Lunatic asylums Punjab 1911-1921 - 1911-1921
Year: 1911
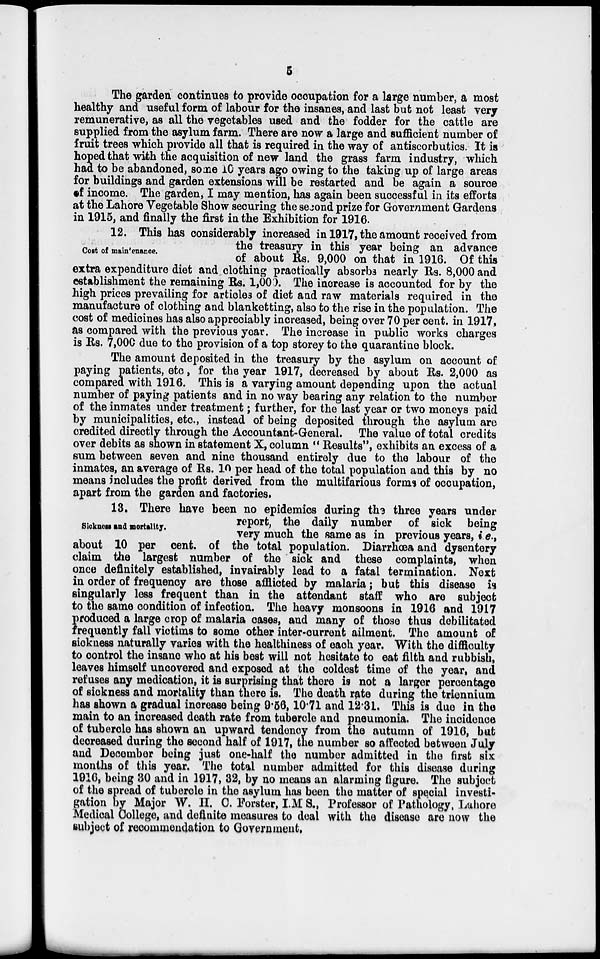
5
The garden continues to provide occupation for a large number, a most
healthy and useful form of labour for the insanes, and last but not least very
remunerative, as all the vegetables used and the fodder for the cattle are
supplied from the asylum farm. There are now a large and sufficient number of
fruit trees which provide all that is required in the way of antiscorbutics. It is
hoped that with the acquisition of new land the grass farm industry, which
had to be abandoned, some 10 years ago owing to the taking up of large areas
for buildings and garden extensions will be restarted and be again a source
of income. The garden, I may mention, has again been successful in its efforts
at the Lahore Vegetable Show securing the second prize for Government Gardens
in 1915, and finally the first in the Exhibition for 1916.
Cost of maintenance.
12. This has considerably increased in 1917, the amount received from
the treasury in this year being an advance
of about Rs. 9,000 on that in 1916. Of this
extra expenditure diet and clothing practically absorbs nearly Rs. 8,000 and
establishment the remaining Rs. 1,000. The increase is accounted for by the
high prices prevailing for articles of diet and raw materials required in the
manufacture of clothing and blanketting, also to the rise in the population. The
cost of medicines has also appreciably increased, being over 70 per cent. in 1917,
as compared with the previous year. The increase in public works charges
is Rs. 7,000 due to the provision of a top storey to the quarantine block.
The amount deposited in the treasury by the asylum on account of
paying patients, etc, for the year 1917, decreased by about Rs. 2,000 as
compared with 1916. This is a varying amount depending upon the actual
number of paying patients and in no way bearing any relation to the number
of the inmates under treatment; further, for the last year or two moneys paid
by municipalities, etc., instead of being deposited through the asylum are
credited directly through the Accountant-General. The value of total credits
over debits as shown in statement X, column " Results", exhibits an excess of a
sum between seven and nine thousand entirely due to the labour of the
inmates, an average of Rs. 10 per head of the total population and this by no
means includes the profit derived from the multifarious forms of occupation,
apart from the garden and factories.
Sickness and mortality.
13. There have been no epidemics during the three years under
report, the daily number of sick being
very much the same as in previous years, i.e.,
about 10 per cent. of the total population. Diarrhœa and dysentery
claim the largest number of the sick and these complaints, when
once definitely established, invairably lead to a fatal termination. Next
in order of frequency are those afflicted by malaria; but this disease is
singularly less frequent than in the attendant staff who are subject
to the same condition of infection. The heavy monsoons in 1916 and 1917
produced a large crop of malaria cases, and many of those thus debilitated
frequently fall victims to some other inter-current ailment. The amount of
sickness naturally varies with the healthiness of each year. With the difficulty
to control the insane who at his best will not hesitate to eat filth and rubbish,
leaves himself uncovered and exposed at the coldest time of the year, and
refuses any medication, it is surprising that there is not a larger percentage
of sickness and mortality than there is. The death rate during the triennium
has shown a gradual increase being 9.56,10.71 and 12.31. This is due in the
main to an increased death rate from tubercle and pneumonia. The incidence
of tubercle has shown an upward tendency from the autumn of 1916, but
decreased during the second half of 1917, the number so affected between July
and December being just one-half the number admitted in the first six
months of this year. The total number admitted for this disease during
1916, being 30 and in 1917, 32, by no means an alarming figure. The subject
of the spread of tubercle in the asylum has been the matter of special investi-
gation by Major W. H. C. Forster, I.M S., Professor of Pathology, Lahore
Medical College, and definite measures to deal with the disease are now the
subject of recommendation to Government.